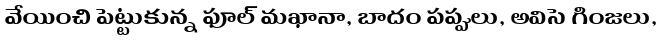
వేయించి పెట్టుకున్న ఫూల్ మఖానా, బాదం పప్పులు, అవిసె గింజలు,